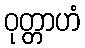
ဝုတ္တာဟံ